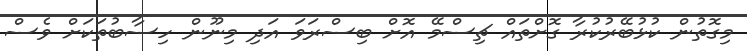
މިގޮތުން ކުޅުބޭރުކުރާ ގޮށްތައް ޗިސްމޭ އޮށް ބިސްރަވަ އަދި މިނޫން ހިސާބުތަކަށް ވެސް